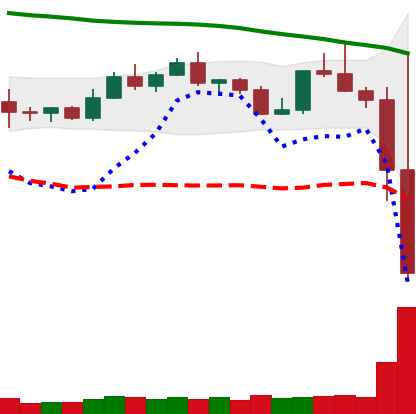
Ticker: TRX-USD
Chart end date: 2022-11-09
Forward return: -6.396%
Label: down_5_7